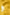
و